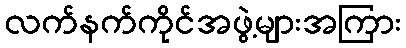
လက်နက်ကိုင်အဖွဲ့များအကြား